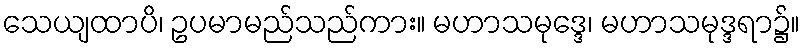
သေယျထာပိ၊ ဥပမာမည်သည်ကား။ မဟာသမုဒ္ဒေ၊ မဟာသမုဒ္ဒရာ၌။